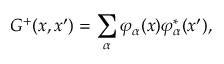
G ^ { + } ( x , x ^ { \prime } ) = \sum _ { \alpha } \varphi _ { \alpha } ( x ) \varphi _ { \alpha } ^ { \ast } ( x ^ { \prime } ) ,